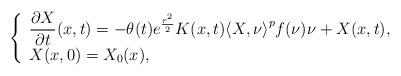
LaTeX: \begin{align*}\left\{\begin{array}{l}\displaystyle \frac{\partial X}{\partial t}(x,t)=-\theta(t)e^{\frac{r^2}{2}}K(x,t){\langle X,\nu\rangle}^pf(\nu)\nu+X(x,t),\\X(x,0)=X_0(x),\end{array}\right.\end{align*}